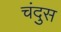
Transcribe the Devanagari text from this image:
चंदुस